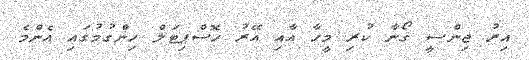
އިރު ޖިންސީ ގޯނާ ކުރި މީހާ އާއި އޭރު ހޮސްޕިޓަލް ހިންގުމުގައި އެންމެ